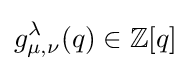
g_{\mu ,\nu }^{\lambda }(q)\in \mathbb {Z} [q]